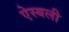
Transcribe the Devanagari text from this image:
ऐस्बली